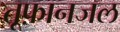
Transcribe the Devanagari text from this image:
तूफ़ानजल